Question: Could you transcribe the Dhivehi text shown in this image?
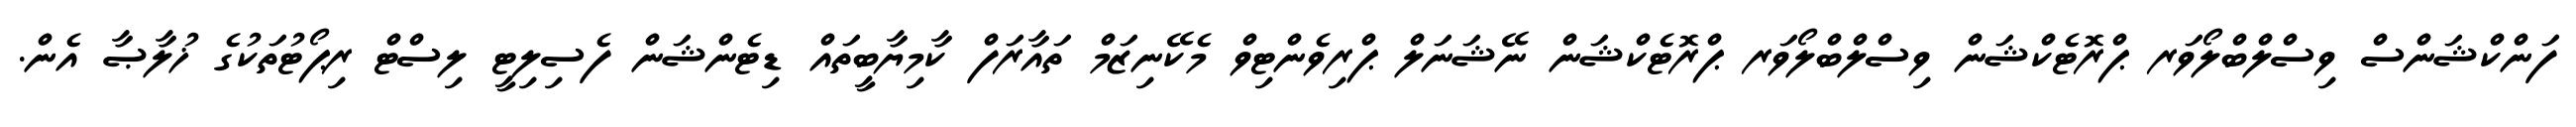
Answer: ފަންކްޝަންސް ވިސްލްބްލޯވަރ ޕްރޮޓެކްޝަން ވިސްލްބްލޯވަރ ޕްރޮޓެކްޝަން ނޭޝަނަލް ޕްރިވެންޓިވް މެކޭނިޒަމް ތައާރަފް ކާމިޔާބީތައް ޑިޓެންޝަން ފެސިލިޓީ ލިސްޓް ރިޕޯޓުތަކުގެ ޚުލާޞާ އެން.